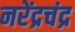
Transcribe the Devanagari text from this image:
नरेंद्रचंद्र